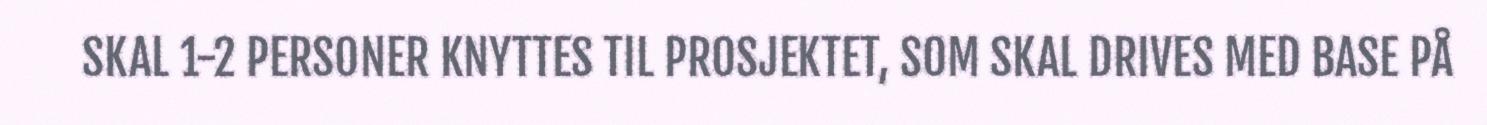
SKAL 1-2 PERSONER KNYTTES TIL PROSJEKTET, SOM SKAL DRIVES MED BASE PÅ